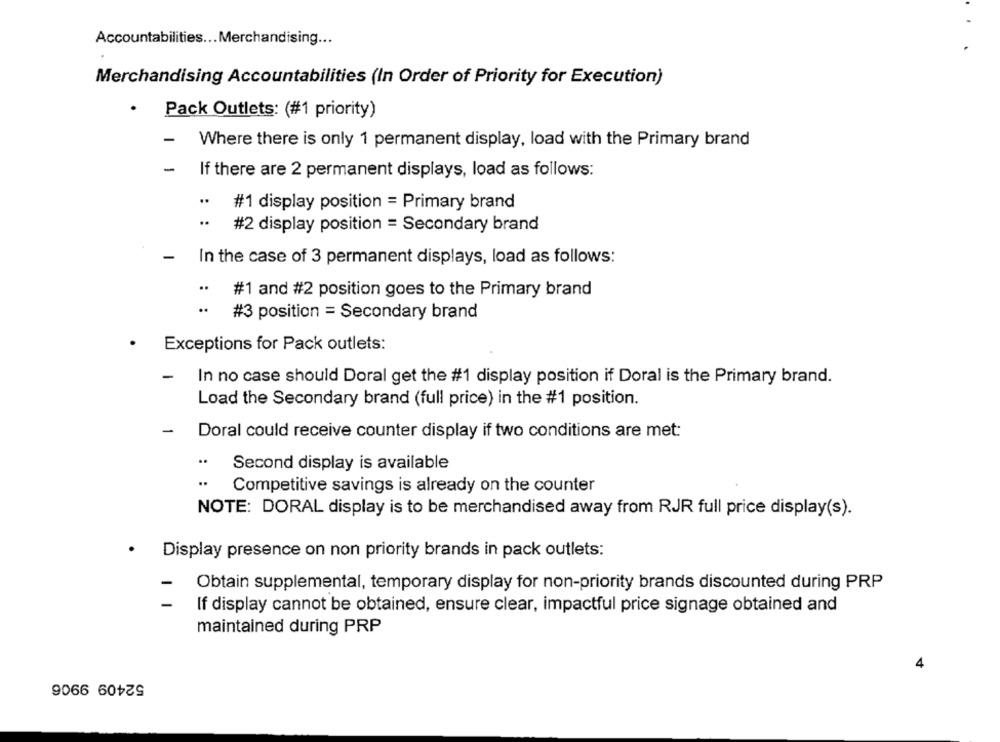
Accountabilities ... Merchandising ...
Merchandising Accountabilities (In Order of Priority for Execution)
.
Pack Outlets: (#1 priority)
-
Where there is only 1 permanent display, load with the Primary brand
-
If there are 2 permanent displays, load as follows:
..
#1 display position = Primary brand
..
#2 display position = Secondary brand
-
In the case of 3 permanent displays, load as follows:
..
#1 and #2 position goes to the Primary brand
#3 position = Secondary brand
.
Exceptions for Pack outlets:
-
In no case should Doral get the #1 display position if Doral is the Primary brand.
Load the Secondary brand (full price) in the #1 position.
-
Doral could receive counter display if two conditions are met:
..
Second display is available
..
Competitive savings is already on the counter
NOTE: DORAL display is to be merchandised away from RJR full price display(s).
Display presence on non priority brands in pack outlets:
-
Obtain supplemental, temporary display for non-priority brands discounted during PRP
=
If display cannot be obtained, ensure clear, impactful price signage obtained and
maintained during PRP
52409 9906